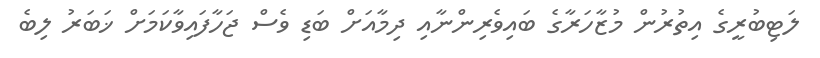
ލަޓިބުރީގެ އިތުރުން މުޒާހަރާގެ ބައިވެރިންނާއި ދިމާއަށް ބަޑި ވެސް ޖަހާފައިވާކަމަށް ޚަބަރު ލިބެ